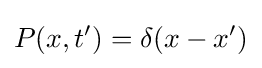
P(x,t')=\delta (x-x')